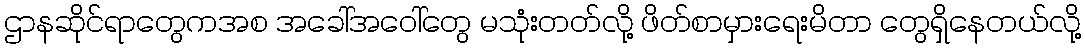
ဌာနဆိုင်ရာတွေကအစ အခေါ်အဝေါ်တွေ မသုံးတတ်လို့ ဖိတ်စာမှားရေးမိတာ တွေရှိနေတယ်လို့